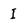
Character: I